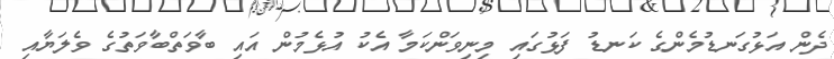
ދެން އަޅުގަނޑުމެންގެ ކަނޑު ފަޅުގައި މިނިވަންކަމާ އެކު އުޅެމުން އައި ބާވަތްބާވަތުގެ ވެލަޔާއި